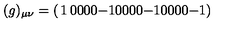
( g ) _ { \mu \nu } = \left( \begin{matrix} { 1 } & { 0 } & { 0 } & { 0 } \\ { 0 } & { - 1 } & { 0 } & { 0 } \\ { 0 } & { 0 } & { - 1 } & { 0 } \\ { 0 } & { 0 } & { 0 } & { - 1 } \\ \end{matrix} \right)